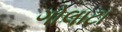
ગોલાટા